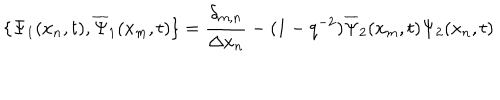
\{ \Psi _ { 1 } ( x _ { n } , t ) , \overline { { { \Psi } } } _ { 1 } ( x _ { m } , t ) \} = \frac { \delta _ { m , n } } { \Delta x _ { n } } - ( 1 - q ^ { - 2 } ) \overline { { { \Psi } } } _ { 2 } ( x _ { m } , t ) \Psi _ { 2 } ( x _ { n } , t )